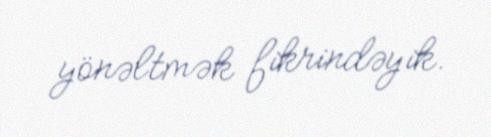
yönəltmək fikrindəyik.